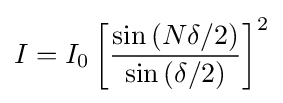
I=I_{0}\left[{\frac {\sin \left(N\delta /2\right)}{\sin \left(\delta /2\right)}}\right]^{2}\,\!